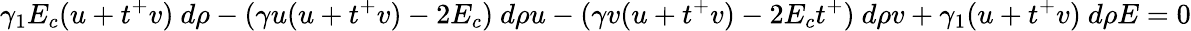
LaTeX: \gamma_{1}E_{c}(u+t^{+}v)~d\rho-(\gamma u(u+t^{+}v)-2E_{c})~d\rho u-(\gamma v(u+t^{+}v)-2E_{c}t^{+})~d\rho v+\gamma_{1}(u+t^{+}v)~d\rho E=0